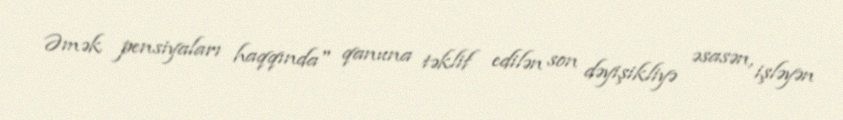
Əmək pensiyaları haqqında" qanuna təklif edilən son dəyişikliyə əsasən, işləyən